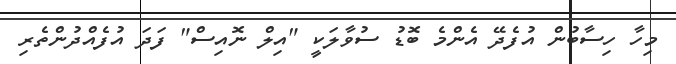
މިހާ ހިސާބުން އުފެދޭ އެންމެ ބޮޑު ސުވާލަކީ "އިލް ނޮއިސް" ފަދަ އުފެއްދުންތެރި